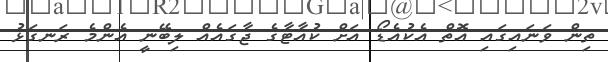
ތިން ވަނައިގައި އޮތް އެކުއެޑޯ އަށް ކުއާޓާގެ ޖާގައެއް ލިބޭނީ އެންމެ ރަނގަޅު